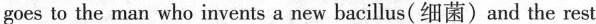
goes to the man who invents a new bacillus(细菌)and the rest